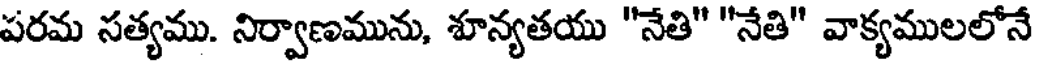
పరమ సత్యము. నిర్వాణమును, శూన్యతయు "నేతి" "నేతి" వాక్యములలోనే